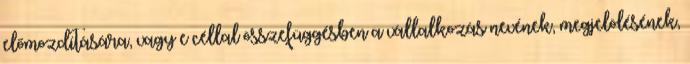
előmozdítására, vagy e céllal összefüggésben a vállalkozás nevének, megjelölésének,